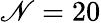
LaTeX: \mathscr{N}=20